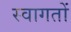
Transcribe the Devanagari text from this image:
स्वागतों